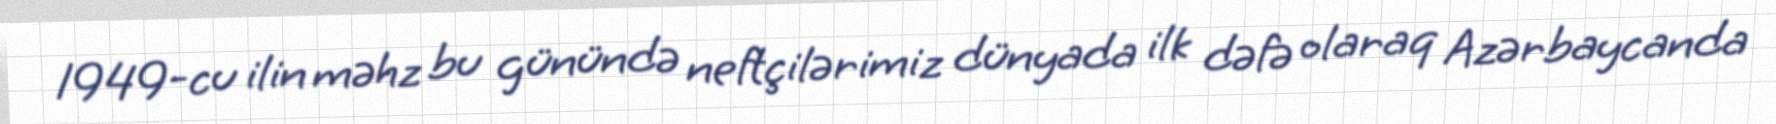
1949-cu ilin məhz bu günündə neftçilərimiz dünyada ilk dəfə olaraq Azərbaycanda